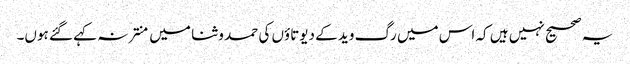
یہ صحیح نہیں ہیں کہ اس میں رگ وید کے دیوتاؤں کی حمد و ثنا میں منتر نہ کہے گئے ہوں۔